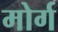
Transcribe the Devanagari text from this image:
मोर्ग